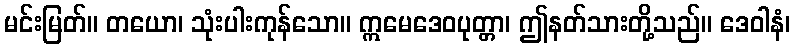
မင်းမြတ်။ တယော၊ သုံးပါးကုန်သော။ ဣမေဒေဝပုတ္တာ၊ ဤနတ်သားတို့သည်။ ဒေဝါနံ၊